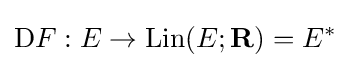
\mathrm {D} F:E\to \operatorname {Lin} (E;\mathbf {R} )=E^{*}